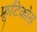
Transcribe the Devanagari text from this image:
फ्रूटिकोस